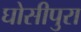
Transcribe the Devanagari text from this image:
घोसीपुरा